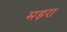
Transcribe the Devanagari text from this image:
मड़रा